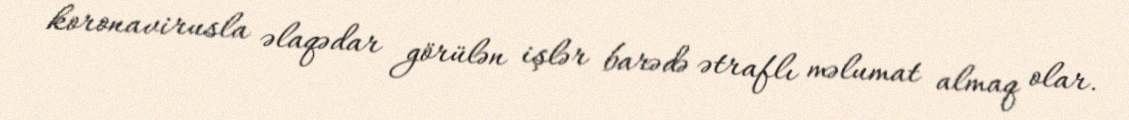
koronavirusla əlaqədar görülən işlər barədə ətraflı məlumat almaq olar.